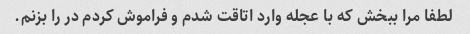
لطفا مرا ببخش که با عجله وارد اتاقت شدم و فراموش کردم در را بزنم.